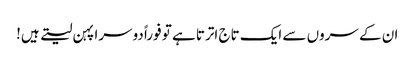
ان کے سروں سے ایک تاج اترتا ہے تو فوراً دوسرا پہن لیتے ہیں!